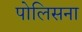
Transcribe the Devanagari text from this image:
पोलिसना